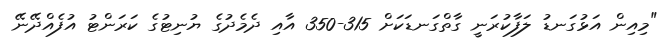
"މިއިން އަޅުގަނޑު ލަފާކުރަނީ ގާތްގަނޑަކަށް 315-350 އާއި ދެމެދުގެ ޔުނިޓުގެ ކަރަންޓު އުފެއްދޭނޭ